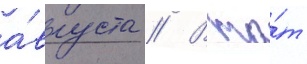
а́вгуста // В то́т